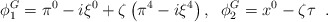
\begin{align*}\phi _{1}^{G}=\pi ^{0}-i\xi ^{0}+\zeta \left( \pi ^{4}-i\xi ^{4}\right),\;\;\phi _{2}^{G}=x^{0}-\zeta \tau \;\;. \end{align*}